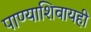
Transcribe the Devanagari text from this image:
पाण्याशिवायही